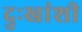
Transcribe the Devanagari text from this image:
दुःखांशी